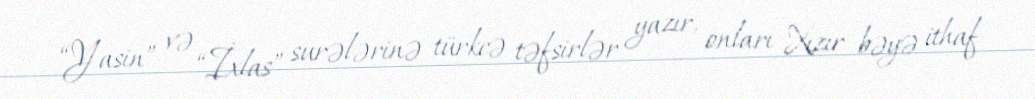
“Yasin” və “İxlas” surələrinə türkcə təfsirlər yazır, onları Xızır bəyə ithaf